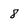
Character: 8